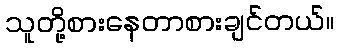
သူတို့စားနေတာစားချင်တယ်။